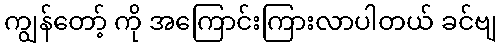
ကျွန်တော့် ကို အကြောင်းကြားလာပါတယ် ခင်ဗျ